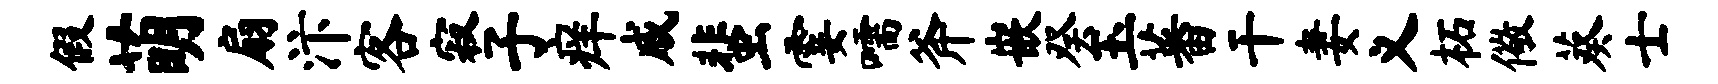
假萌扇汴客寂子痒戚蜚霎嚅斧嵌癸玉蕃干妻义柘儆葵士